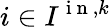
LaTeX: i\in I^{\mathrm{~i~n~},k}